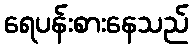
ရေပန်းစားနေသည်